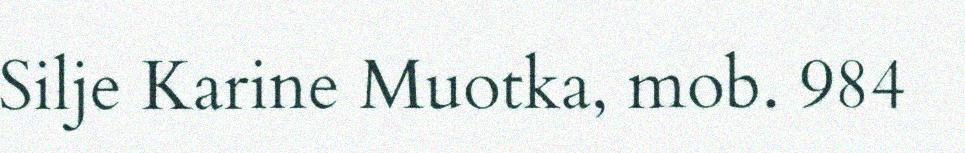
Silje Karine Muotka, mob. 984